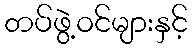
တပ်ဖွဲ့ဝင်များနှင့်